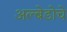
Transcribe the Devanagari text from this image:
अल्बेडोचे